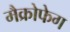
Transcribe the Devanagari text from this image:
मैक्रोफेग